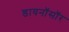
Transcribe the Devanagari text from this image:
डायनॉसॉर